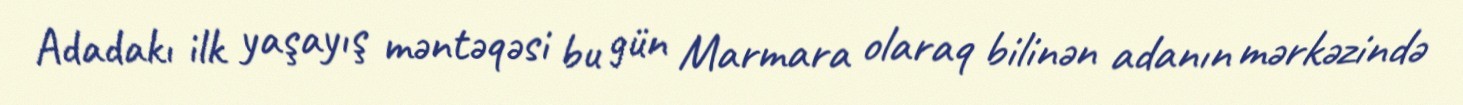
Adadakı ilk yaşayış məntəqəsi bu gün Marmara olaraq bilinən adanın mərkəzində